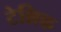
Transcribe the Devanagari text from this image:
टेश्निक